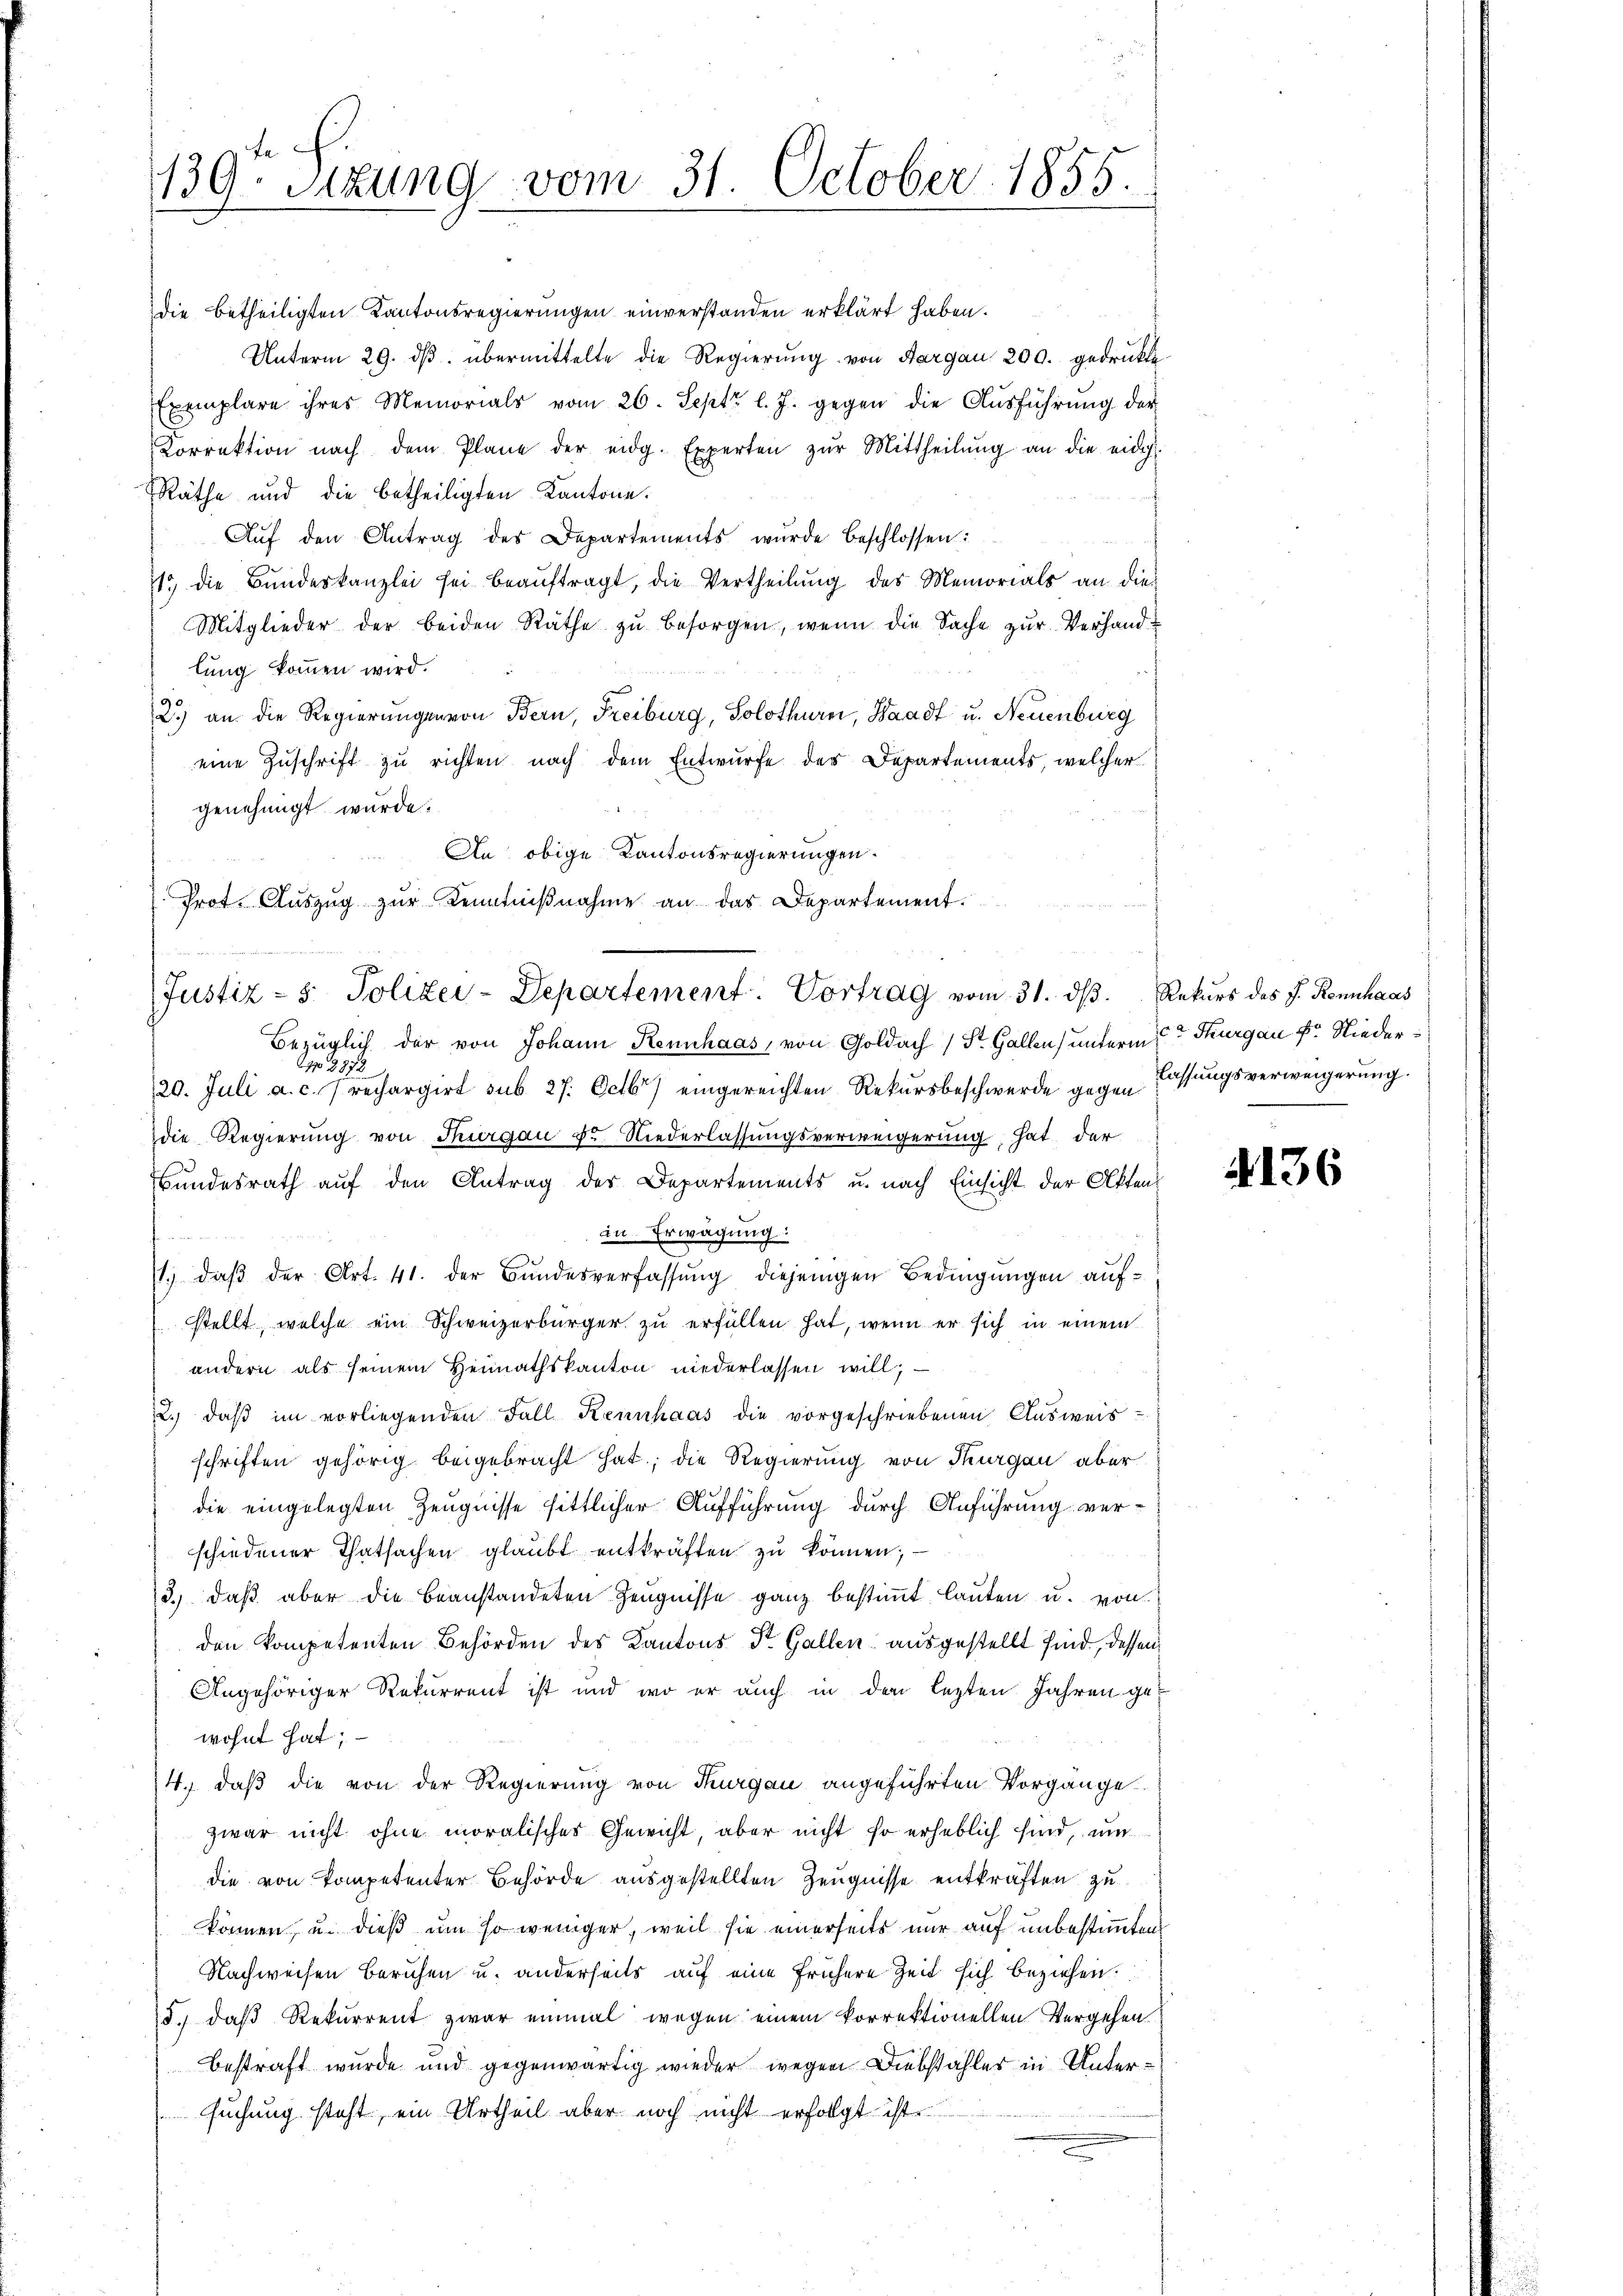
139. Sitzung vom 31. October 1855.

die betheiligten Kantonsregierungen einverstanden erklärt haben.
Unterm 29. dβ. übermittelte die Regierung von Aargau 200. gedrukte
Exemplare ihres Memorials vom 26. Sept. l. J. gegen die Aŭsführŭng der
Korrektion nach dem Plane der eidg. Experten zŭr Mittheilŭng an die eidg.
Räthe und die betheiligten Kantone.
Aŭf den Antrag des Departements wurde beschlossen:
11 die Bŭndeskanzlei sei beaŭftragt, die Vertheilung des Memorials an die-
Mitglieder der beiden Räthe zŭ besorgen, wenn die Sache zur Verhand-
lung kommen wird.
2.) an die Regierungen von Bern, Freiburg, Solothurer, Waadt u. Neuenburg
eine Zuschrift zu richten nach dem Entwurfe der Departements, welcher
genehmigt wurde.
An obige Kantonsregierungen.
Bezüglich der von Johann Rennhaas, von Goldach (St. Gallen unterm 2ten Sturgau pr. Niederp 2872
120. Juli a. c. 7 rechargirt sub 27. Octbr) eingereichten Rekŭrsbeschwerde gegen Fassŭngsverweigerŭng.
die Regierung von Thurgau Fr. Niederlassungsverweigerung, hat der
Bundesrath auf den Antrag der Departements u. nach Einsicht der Akten
in Erwägung:
1. daβ der Art. 41. der Bŭndesverfassŭng diejenigen Bedingungen aufstellt, welche ein Schweizerbürger zu erfüllen hat, wenn er sich in einem
andern als seinem Heimathskanton niederlassen will; —
22. daβ im vorliegenden Fall Rennhaas die vorgeschriebenen Aŭsweis-
schriften gehörig beigebracht hat; die Regierung von Thurgau aber
31
die eingelegten Zeugnisse sittlicher Aufführung durch Anführung verschiedener Thatsachen glaubt entkräften zu können;
3.) daß aber die beanstandeten Zeugnisse ganz bestimmt lauten u. von
den kompetenten Behörden des Kantons St. Gallen ausgestellt sind, dessen
Angehöriger Rekurrent ist und wo er auch in den lezten Jahren gewohnt hat;
4.) daß die von der Regierung von Thurgau angeführten Vorgänge.
zwar nicht ohne moralisches Gewicht, aber nicht so erheblich sind, um
die von kompetenter Behörde ausgestellten Zeugnisse entkräften zu
können, u. dieß um so weniger, weil sie einerseits nur auf unbestimmten
Nachweisen beruhen u. anderseits auf eine frühere Zeit sich beziehen.
15.) daß Rekurrent zwar einmal wegen einem korrektionellen Vergehen.
bestraft wurde und gegenwärtig wieder wegen Diebstahles in Untersuchung steht, ein Urtheil aber noch nicht erfolgt ist.

Prot. Auszug zur Kenntnißnahme an das Departement.
Justiz - 5. Polizei-Departement. Vortrag vom 31. ds. Rekurs des J. Rennhaus

4136